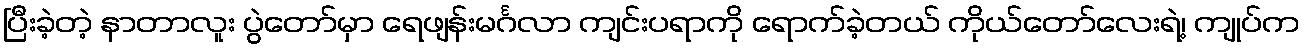
ပြီးခဲ့တဲ့ နာတာလူး ပွဲတော်မှာ ရေဖျန်းမင်္ဂလာ ကျင်းပရာကို ရောက်ခဲ့တယ် ကိုယ်တော်လေးရဲ့၊ ကျုပ်က